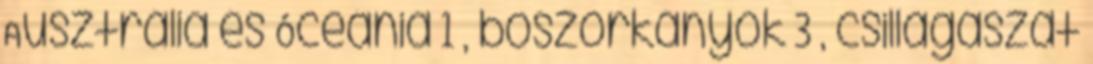
Ausztrália és Óceánia 1 , boszorkányok 3 , csillagászat